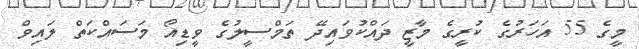
މީގެ 55 އަހަރުގެ ކުރީގެ މާޒީ ދައްކުވައިދޭ ތަމްސީލުގެ ވީޑިއޯ މަސައްކަތް ލައިވް